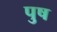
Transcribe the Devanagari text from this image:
पुष